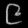
Digit: ၉